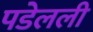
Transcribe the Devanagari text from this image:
पडेलली